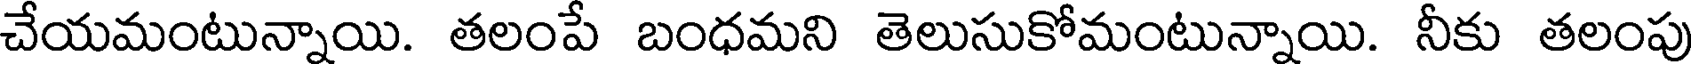
చేయమంటున్నాయి. తలంపే బంధమని తెలుసుకోమంటున్నాయి. నీకు తలంపు